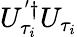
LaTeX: U_{\tau_{i}}^{'\dagger}U_{\tau_{i}}